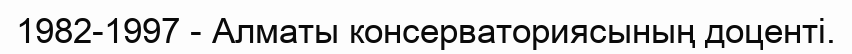
1982-1997 - Алматы консерваториясының доценті.